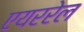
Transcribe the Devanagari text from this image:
एयररेल